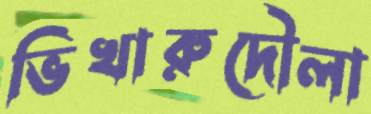
ভিখারুদৌলা